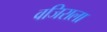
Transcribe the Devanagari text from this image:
वजिराला